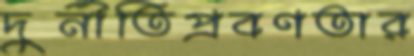
দুর্নীতিপ্রবণতার